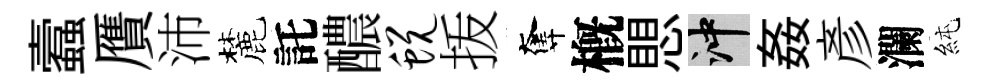
蠧贋沛麓託醲蜕㧞奪槪愳冲姦彥瀾純